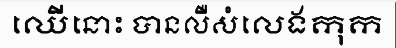
ឈើនោះ បានលឺសំលេងកុក